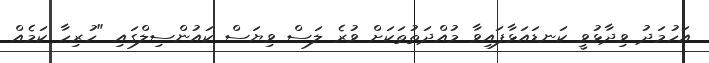
އަހުމަދު ވިދާޅުވީ ކަނޑައަޅާފައިވާ މުއްދަތުތަކަށް ވުރެ ލަސް ވިޔަސް ކައުންސިލްގައި "ހުރިހާ ކަމެއް